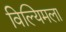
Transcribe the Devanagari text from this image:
विल्यिमला